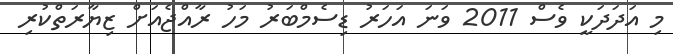
މި އަދަދަކީ ވެސް 2011 ވަނަ އަހަރު ޑިސެމްބަރު މަހު ރާއްޖެއަށް ޒިޔާރަތްކުރި